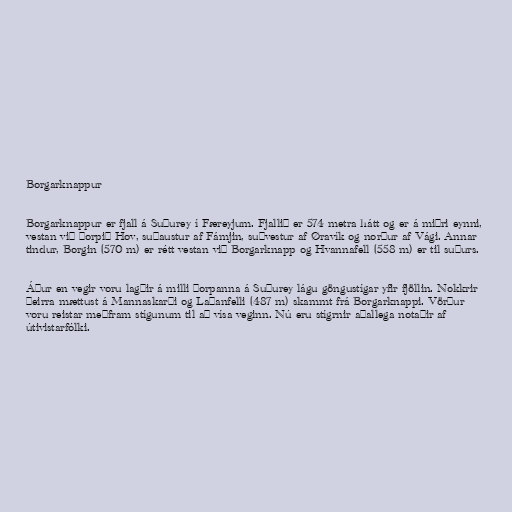
Borgarknappur

Borgarknappur er fjall á Suðurey í Færeyjum. Fjallið er 574 metra hátt og er á miðri eynni,
vestan við þorpið Hov, suðaustur af Fámjin, suðvestur af Øravík og norður af Vági. Annar
tindur, Borgin (570 m) er rétt vestan við Borgarknapp og Hvannafell (558 m) er til suðurs.

Áður en vegir voru lagðir á milli þorpanna á Suðurey lágu göngustígar yfir fjöllin. Nokkrir
þeirra mættust á Mannaskarði og Laðanfelli (487 m) skammt frá Borgarknappi. Vörður
voru reistar meðfram stígunum til að vísa veginn. Nú eru stígrnir aðallega notaðir af
útivistarfólki.